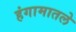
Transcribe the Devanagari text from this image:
हंगामातले